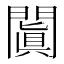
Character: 闐